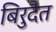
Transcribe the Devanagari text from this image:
बिरुदैत